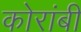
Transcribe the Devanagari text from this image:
कोरांबी